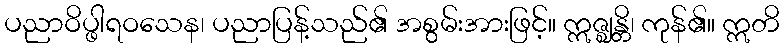
ပညာဝိပ္ဖါရဝသေန၊ ပညာပြန့်သည်၏ အစွမ်းအားဖြင့်။ ဣဇ္ဈန္တိ၊ ကုန်၏။ ဣတိ